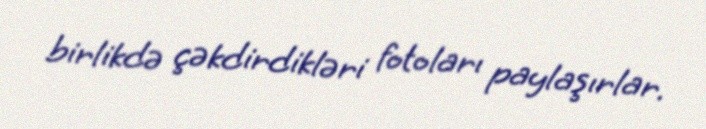
birlikdə çəkdirdikləri fotoları paylaşırlar.